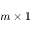
m \times 1